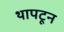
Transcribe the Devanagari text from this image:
थापटून